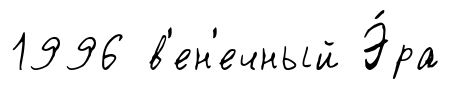
1996 в'ен'ечный Э́ра